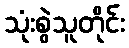
သုံးစွဲသူတိုင်း